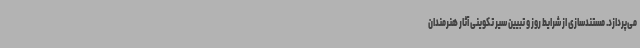
می‌پردازد. مستندسازی از شرایط روز و تبیین سیر تکوینی آثار هنرمندان